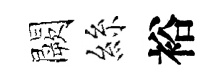
闕絲裕